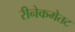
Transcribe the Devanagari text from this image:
रीनेकमेतट